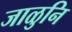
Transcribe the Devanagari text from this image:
जाळुनि